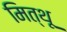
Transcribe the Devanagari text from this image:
मित्थू